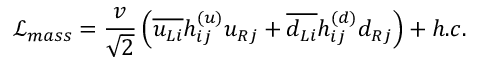
\mathcal { L _ { \mathnormal { m a s s } } } \mathnormal = \frac { v } { \sqrt { 2 } } \left( \overline { { { u _ { L i } } } } h _ { i j } ^ { ( u ) } u _ { R j } + \overline { { { d _ { L i } } } } h _ { i j } ^ { ( d ) } d _ { R j } \right) + h . c .